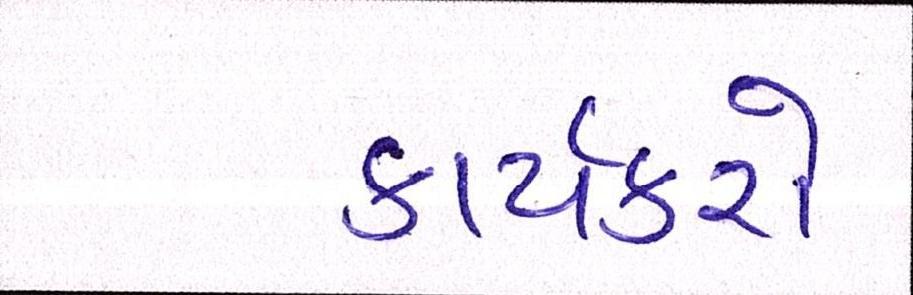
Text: કાર્યકરો